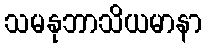
သမနုဘာသိယမာနာ